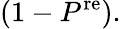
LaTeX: (1-P^{\mathrm{re}}).